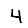
Digit: 4